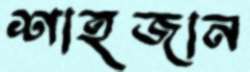
শাহজান